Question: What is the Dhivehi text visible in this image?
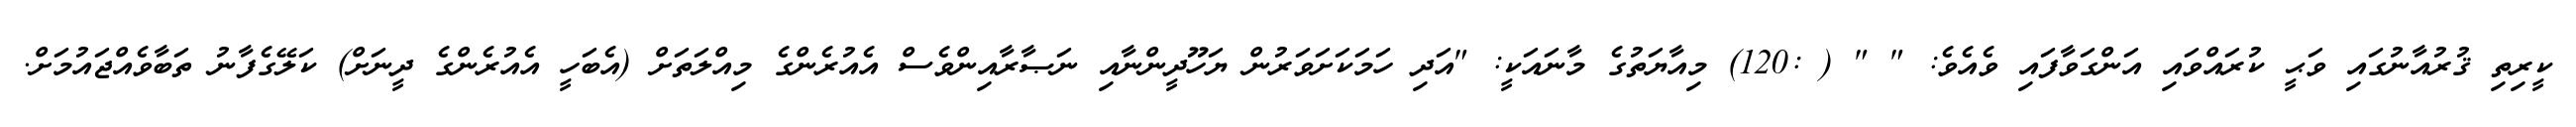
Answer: ކީރިތި ޤުރުއާނުގައި ވަޙީ ކުރައްވައި އަންގަވާފައި ވެއެވެ: " " ( :120) މިއާޔަތުގެ މާނައަކީ: "އަދި ހަމަކަށަވަރުން ޔަހޫދީންނާއި ނަޞާރާއިންވެސް އެއުރެންގެ މިއްލަތަށް (އެބަހީ އެއުރެންގެ ދީނަށް) ކަލޭގެފާނު ތަބާވެއްޖައުމަށް.